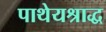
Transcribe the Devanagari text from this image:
पाथेयश्राद्ध